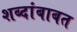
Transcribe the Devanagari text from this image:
शब्दांबाबत